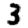
Digit: 3